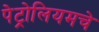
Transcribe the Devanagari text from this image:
पेट्रोलियमचे